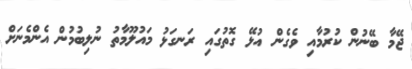
ޖޭމާ ބޭނުން ކުރުމާއި ވެގެން އުޅޭ ގޮތުގައި ރަނގަޅު މައުލޫމާތު ނުލިބުމުން އެންމެނަށް